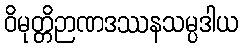
ဝိမုတ္တိဉာဏဒဿနသမ္ပဒါယ